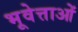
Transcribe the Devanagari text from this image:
भूवेत्ताओं